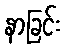
နာခြင်း